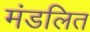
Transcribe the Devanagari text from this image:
मंडलित